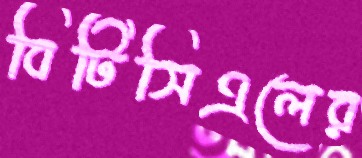
বিটিসিএলের